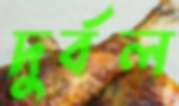
দুর্বল